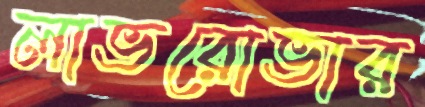
লাভরোভার